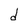
Character: d